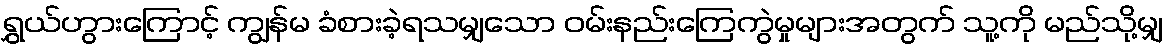
ရွှယ်ဟွားကြောင့် ကျွန်မ ခံစားခဲ့ရသမျှသော ဝမ်းနည်းကြေကွဲမှုများအတွက် သူ့ကို မည်သို့မျှ